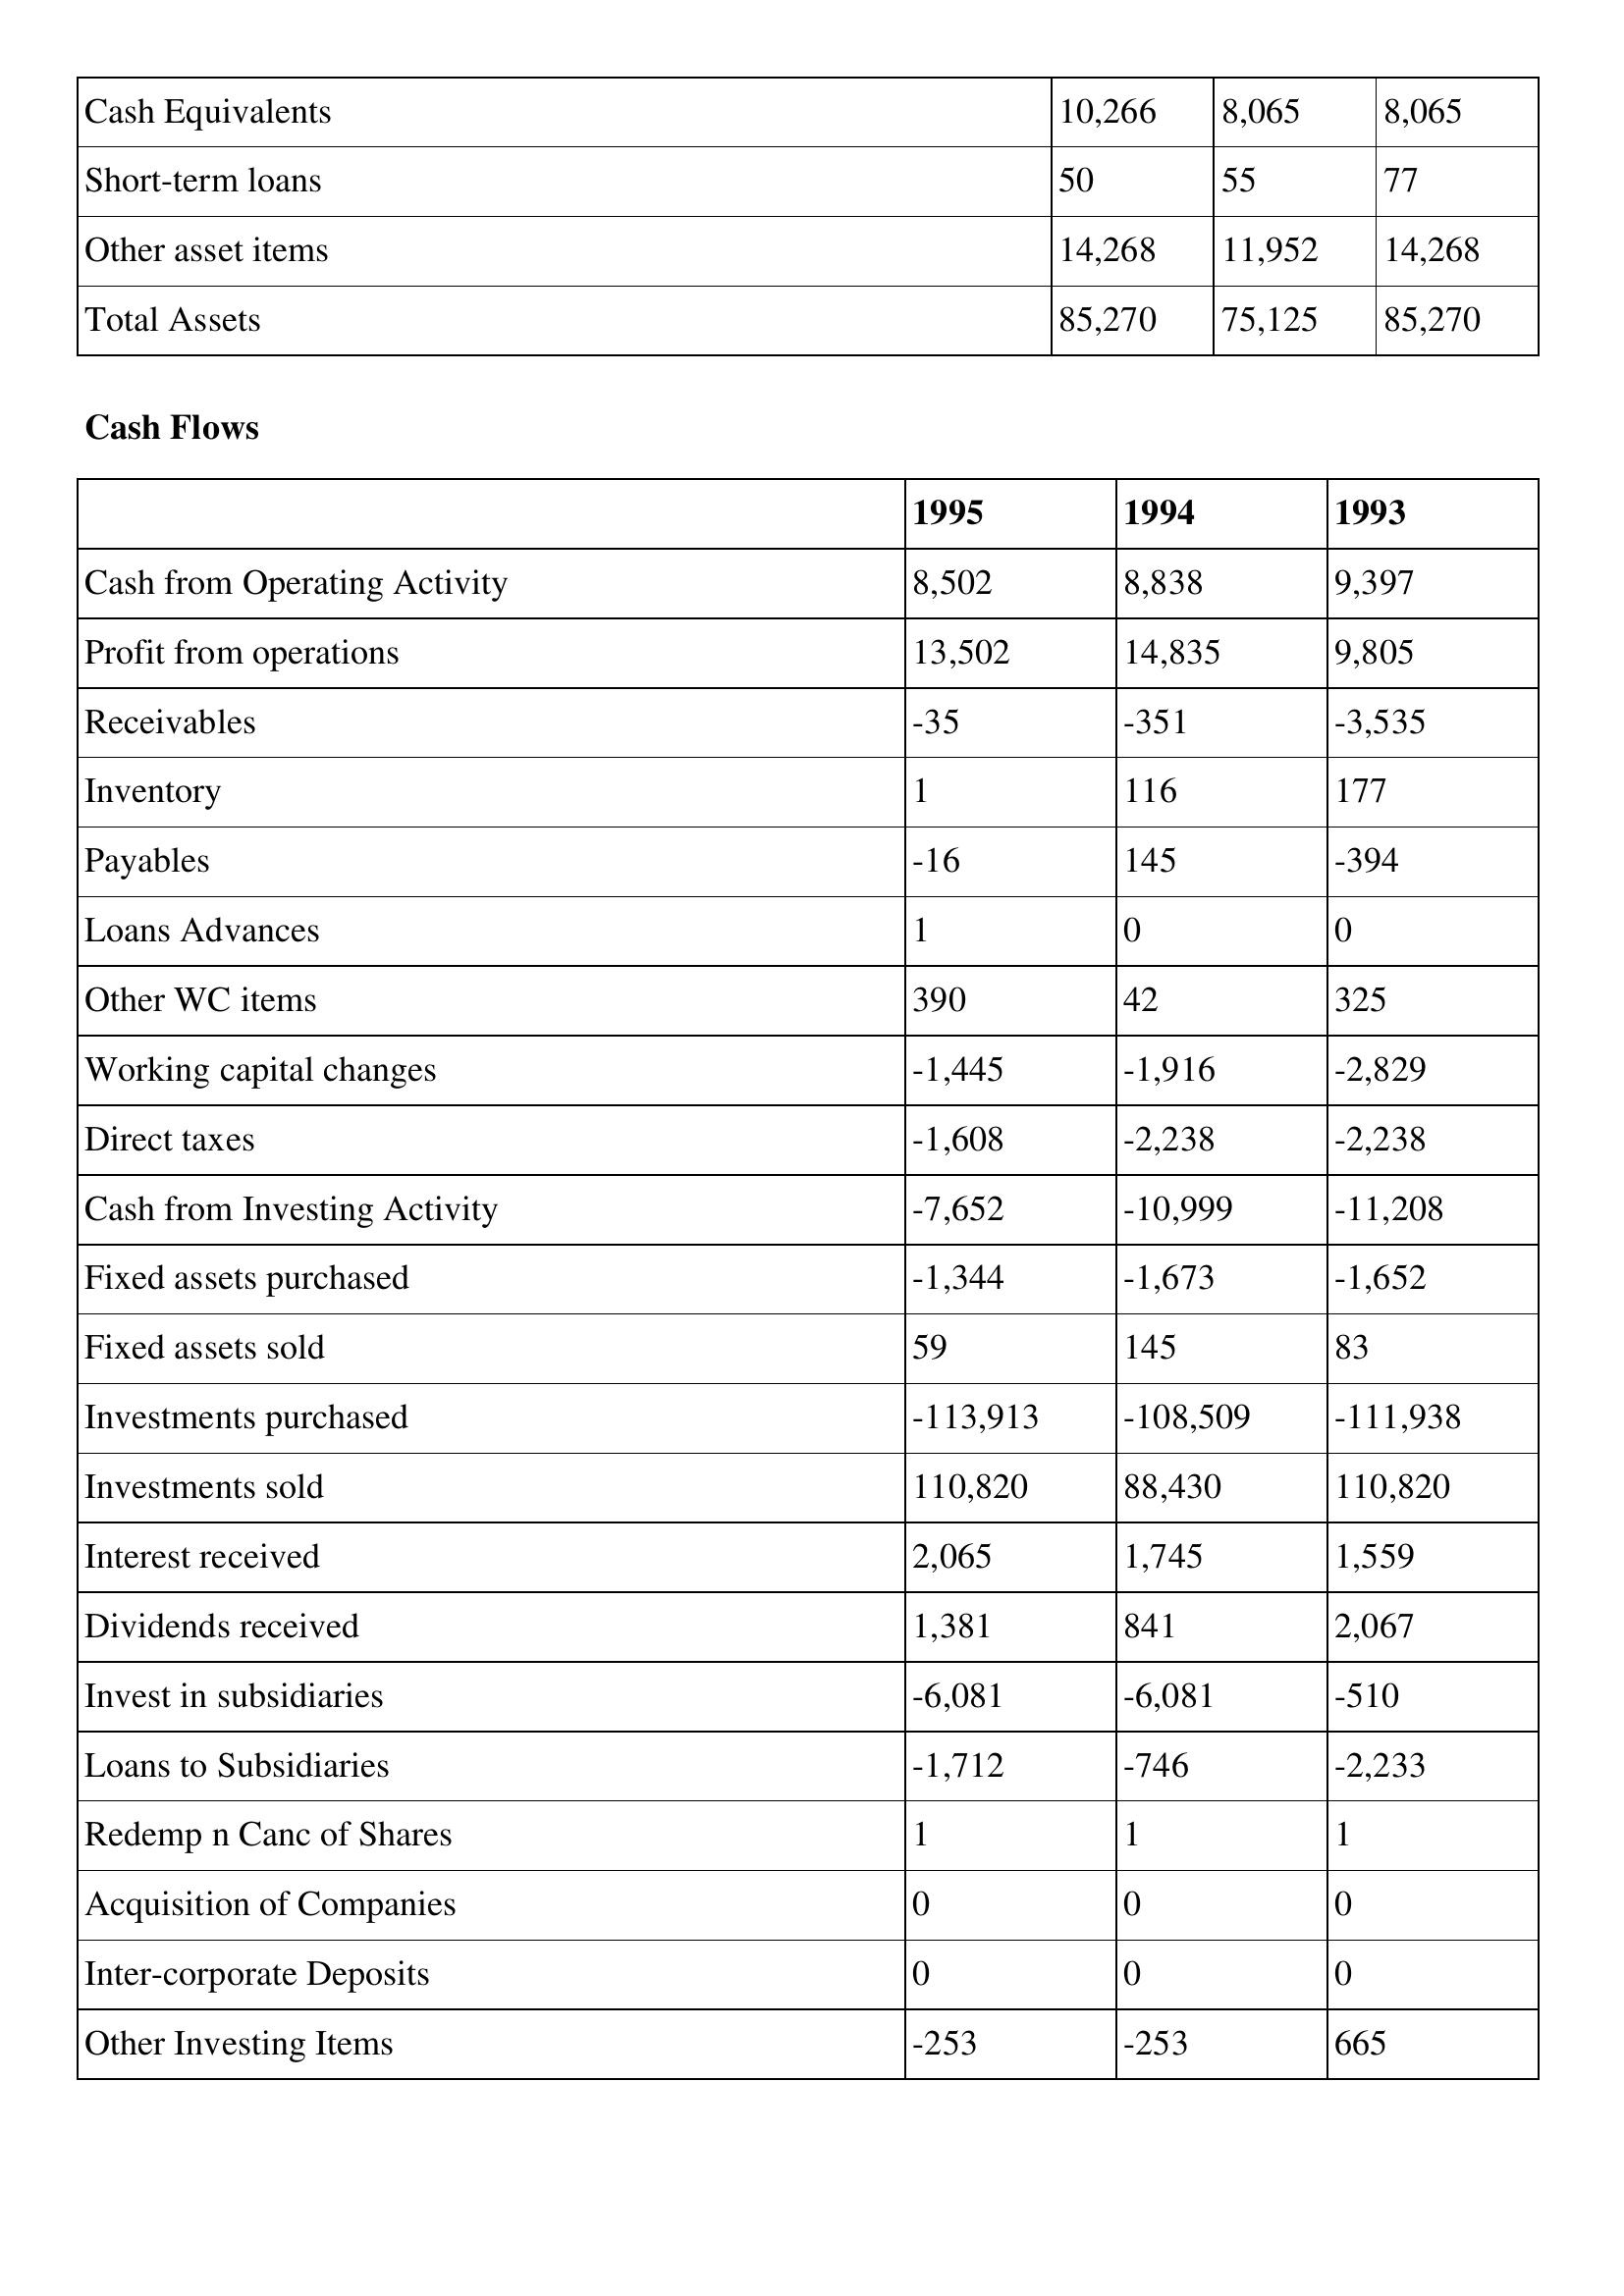
gt_parse: 1995: Balance Sheet: Cash Equivalents: 10,266
Short-term loans: 50
Other asset items: 14,268
Total Assets: 85,270
Cash Flows: Cash from Operating Activity: 8,502
Profit from operations: 13,502
Receivables: -35
Inventory: 1
Payables: -16
Loans Advances: 1
Other WC items: 390
Working capital changes: -1,445
Direct taxes: -1,608
Cash from Investing Activity: -7,652
Fixed assets purchased: -1,344
Fixed assets sold: 59
Investments purchased: -113,913
Investments sold: 110,820
Interest received: 2,065
Dividends received: 1,381
Invest in subsidiaries: -6,081
Loans to Subsidiaries: -1,712
Redemp n Canc of Shares: 1
Acquisition of Companies: 0
Inter-corporate Deposits: 0
Other Investing Items: -253
1994: Balance Sheet: Cash Equivalents: 8,065
Short-term loans: 55
Other asset items: 11,952
Total Assets: 75,125
Cash Flows: Cash from Operating Activity: 8,838
Profit from operations: 14,835
Receivables: -351
Inventory: 116
Payables: 145
Loans Advances: 0
Other WC items: 42
Working capital changes: -1,916
Direct taxes: -2,238
Cash from Investing Activity: -10,999
Fixed assets purchased: -1,673
Fixed assets sold: 145
Investments purchased: -108,509
Investments sold: 88,430
Interest received: 1,745
Dividends received: 841
Invest in subsidiaries: -6,081
Loans to Subsidiaries: -746
Redemp n Canc of Shares: 1
Acquisition of Companies: 0
Inter-corporate Deposits: 0
Other Investing Items: -253
1993: Balance Sheet: Cash Equivalents: 8,065
Short-term loans: 77
Other asset items: 14,268
Total Assets: 85,270
Cash Flows: Cash from Operating Activity: 9,397
Profit from operations: 9,805
Receivables: -3,535
Inventory: 177
Payables: -394
Loans Advances: 0
Other WC items: 325
Working capital changes: -2,829
Direct taxes: -2,238
Cash from Investing Activity: -11,208
Fixed assets purchased: -1,652
Fixed assets sold: 83
Investments purchased: -111,938
Investments sold: 110,820
Interest received: 1,559
Dividends received: 2,067
Invest in subsidiaries: -510
Loans to Subsidiaries: -2,233
Redemp n Canc of Shares: 1
Acquisition of Companies: 0
Inter-corporate Deposits: 0
Other Investing Items: 665